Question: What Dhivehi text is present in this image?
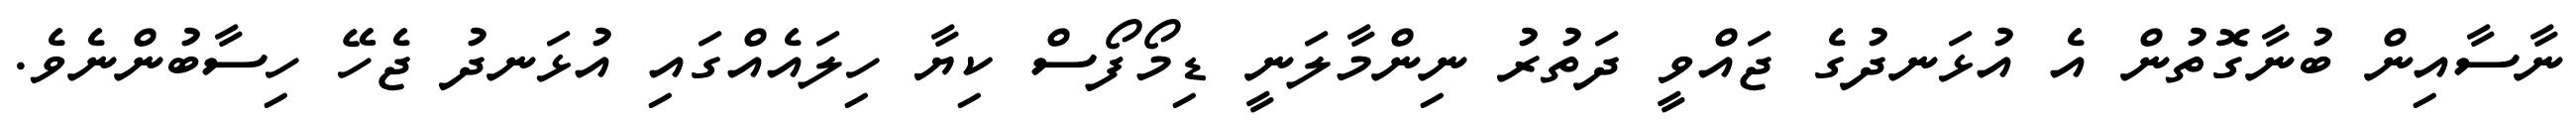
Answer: ނާސާއިން ބުނާގޮތުން އެ އުޅަނދުގެ ޖައްވީ ދަތުރު ނިންމާލަނީ ޑިމޯފޯސް ކިޔާ ހިލައެއްގައި އުޅަނދު ޖެހޭ ހިސާބުންނެވެ.